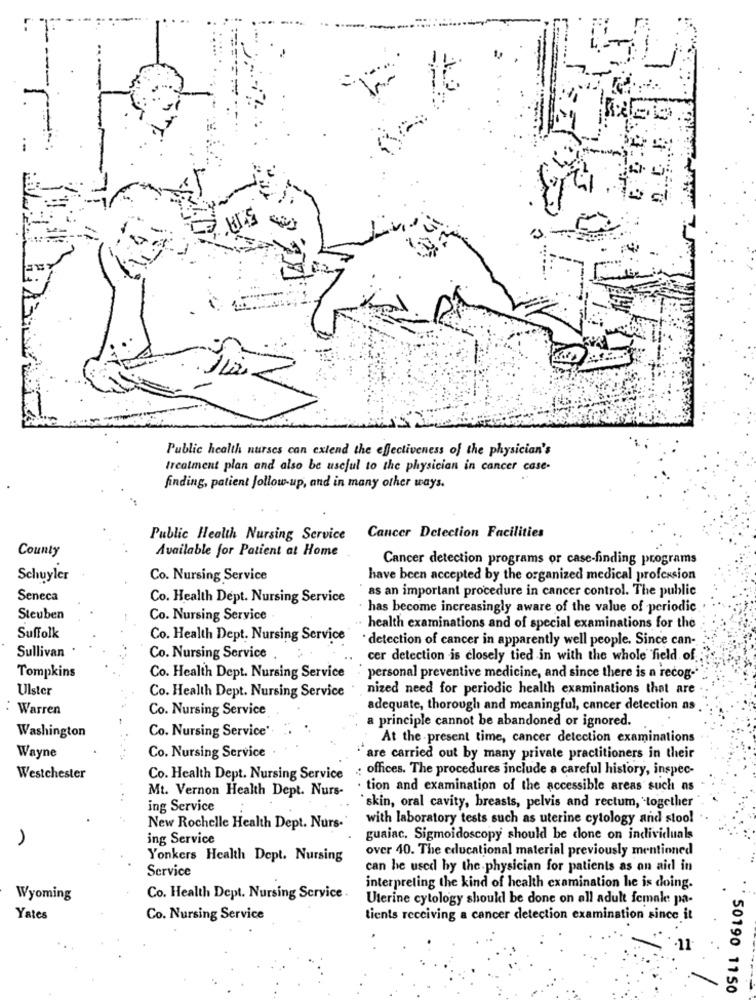
it
:5
Public health nurses can extend the effectiveness of the physician's
treatment plan and also be useful to the physician in cancer case-
finding, patient follow-up, and in many other ways.
Public Health Nursing Service Cancer Detection Facilities
County
Available for Patient at Home
Cancer detection programs or case-finding programs
Schuyler
Co. Nursing Service
have been accepted by the organized medical profession
as an important procedure in cancer control. The public
Seneca
Co. Health Dept. Nursing Service
has become increasingly aware of the value of periodic
Steuben
Co. Nursing Service
health examinations and of special examinations for the
Suffolk
Co. Health Dept. Nursing Service
detection of cancer in apparently well people. Since can-
Sullivan .
Co. Nursing Service
cer detection is closely tied in with the whole field of
Tompkins
Co. Health Dept. Nursing Service
personal preventive medicine, and since there is a recog-
Ulster
nized need for periodic health examinations that are
Co. Health Dept. Nursing Service
: Warren
Co. Nursing Service
adequate, thorough and meaningful, cancer detection as
a principle cannot be abandoned or ignored.
Washington
Co. Nursing Service':
At the - present time, cancer detection examinations
Co. Nursing Service
Wayne
are carried out by many private practitioners in their
: offices. The procedures include a careful history, inspec-
Westchester
Co. Health Dept. Nursing Service
Mt. Vernon Health Dept. Nurs-
· tion and examination of the accessible areas such as
ing Service
skin, oral cavity, breasts, pelvis and rectum, together
with laboratory tests such as uterine cytology and stool
New Rochelle Health Dept. Nurs.
ing Service
guaiac, Sigmoidoscopy should be done on individuals
over 40. The educational material previously mentioned
Yonkers Health Dept. Nursing
Service
can be used by the physician for patients as an aid in
interpreting the kind of health examination he is doing.
Wyoming
Co. Health Dept. Nursing Service .
Uterine cytology shoukl be done on all adult female pa-
Yates
Co. Nursing Service
tients receiving a cancer detection examination since it
50190 1150